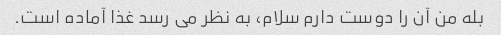
بله من آن را دوست دارم سلام، به نظر می رسد غذا آماده است.